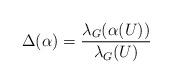
LaTeX: \begin{align*}\Delta(\alpha)=\frac{\lambda_G(\alpha(U))}{\lambda_G(U)}\end{align*}